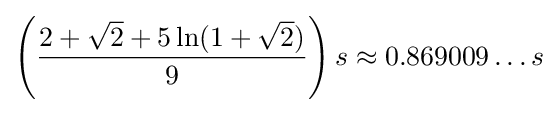
\left({\frac {2+{\sqrt {2}}+5\ln(1+{\sqrt {2}})}{9}}\right)s\approx 0.869009\ldots s